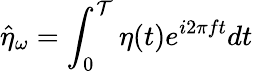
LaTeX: \hat{\eta}_{\omega}=\int_{0}^{\mathcal{T}}\eta(t)e^{i2\pi ft}dt